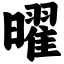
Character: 曜